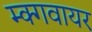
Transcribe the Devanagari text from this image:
म्क्गवायर